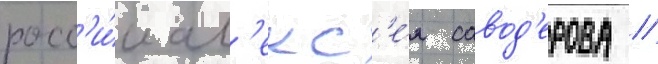
росс'и́и ал'екс'е́я савод'ерова /